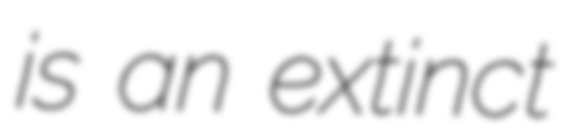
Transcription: is an extinct